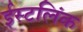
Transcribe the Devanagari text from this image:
ईस्टलिंक